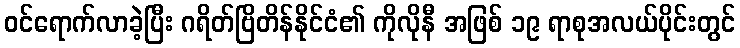
ဝင်ရောက်လာခဲ့ပြီး ဂရိတ်ဗြိတိန်နိုင်ငံ၏ ကိုလိုနီ အဖြစ် ၁၉ ရာစုအလယ်ပိုင်းတွင်